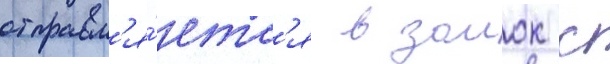
отправл'я́етс'я в замок с